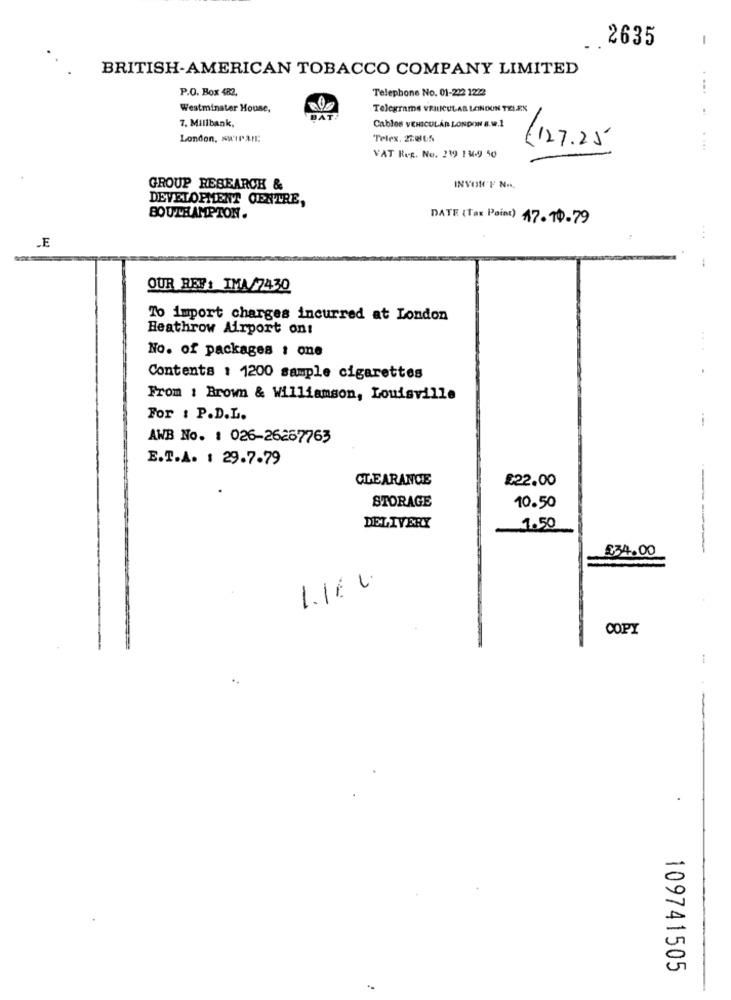
2635
-
BRITISH-AMERICAN TOBACCO COMPANY LIMITED
P.O. Box 482.
Telephone No. 01-222 1222
Westminster House,
Telegrams VRILICULAR LONDON TELEN
7. Millbank,
Cables VEHICULAR LONDON 8.W.1
London, swiran:
Telex. 27065
(12.7.25
. ...
VAT Ref. No. 219 13.9 40
GROUP RESEARCH &
DEVELOPMENT CENTRE,
SOUTHAMPTON.
DATE (Tax Point) 17. 10-79
...
.E
OUR RES: IMA/7430
To import charges incurred at London
Heathrow Airport ont
No. of packages : one
Contents : 1200 sample cigarettes
From : Brown & Williamson, Louisville
For : P.D.L.
AWB No. : 026-26267763
E.T.A. : 29.7.79
CLEARANCE
£22.00
---
STORAGE
10.50
DELIVERY
1.50
£34.00
1.166.
COPY
--
109741505